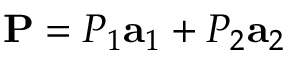
{ \bf P } = P _ { 1 } { \bf a } _ { 1 } + P _ { 2 } { \bf a } _ { 2 }